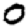
Digit: 0